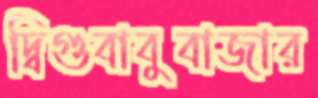
দ্বিগুবাবুবাজার